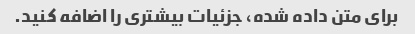
برای متن داده شده، جزئیات بیشتری را اضافه کنید.